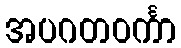
အပဂတဝင်္ကာ